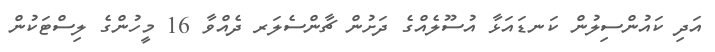
އަދި ކައުންސިލުން ކަނޑައަޅާ އުސޫލެއްގެ ދަށުން ޗާންސެލަރ ދެއްވާ 16 މީހުންގެ ލިސްޓަކުން